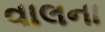
વાલના